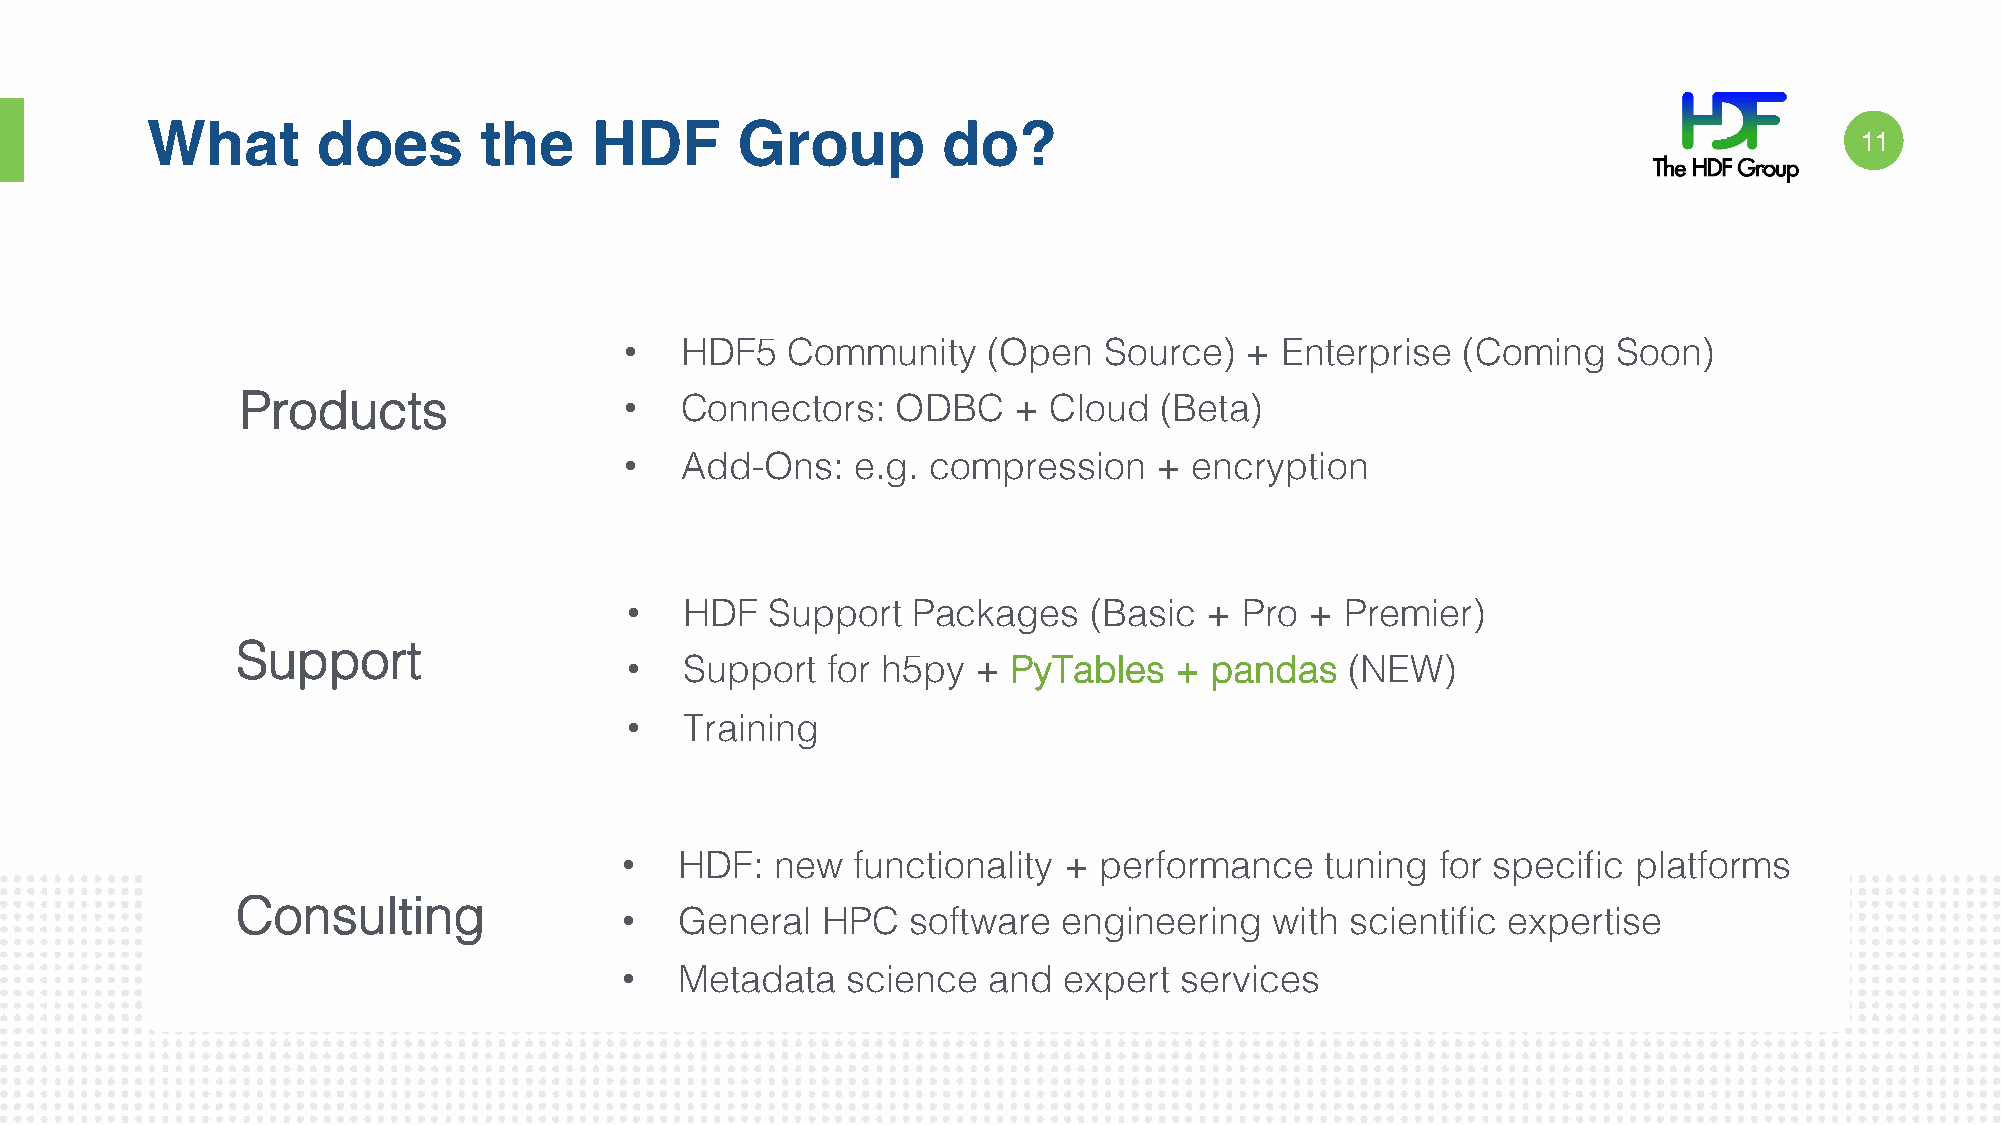
What       does       the    HDF       Group        do?
 11!
 •   HDF5   Community    (Open   Source)  +  Enterprise  (Coming   Soon)!
 Products!                •   Connectors:   ODBCv   ! + Cloud (Beta)!
 •   Add-Ons:   e.g. compression    +  encryption!
 •   HDF   Support  Packages    (Basic  + Pro  + Premier)!
 Support!
 •   Support   for h5py  +v !PyTables + pandas   (NEW)!
 •   Training!
 •   HDF:  new  functionality +  performance    tuning for specific platforms!
 Consulting!
 •   General  HPC   softwva! re engineering with scientific expertise!
 •   Metadata   science  and  expert  services!